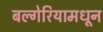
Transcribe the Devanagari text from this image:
बल्गेरियामधून